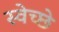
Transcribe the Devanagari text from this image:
स्वेच्छे